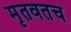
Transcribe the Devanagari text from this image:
मृतवतच